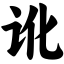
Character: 讹